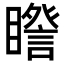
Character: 𥋮